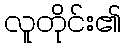
လူတိုင်း၏